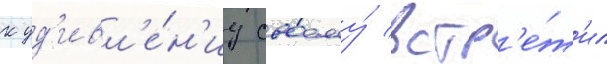
к уд'ивл'е́н'иу своему́ встр'е́т'ил